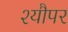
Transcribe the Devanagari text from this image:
श्यौपर